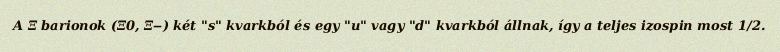
A Ξ barionok (Ξ0, Ξ‒) két "s" kvarkból és egy "u" vagy "d" kvarkból állnak, így a teljes izospin most 1/2.